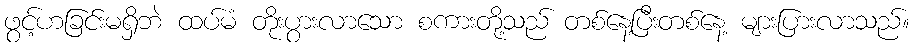
ဖွင့်ဟခြင်းမရှိဘဲ ထပ်မံ တိုးပွားလာသော စကားတို့သည် တစ်နေ့ပြီးတစ်နေ့ များပြားလာသည်။